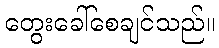
တွေးခေါ်စေချင်သည်။